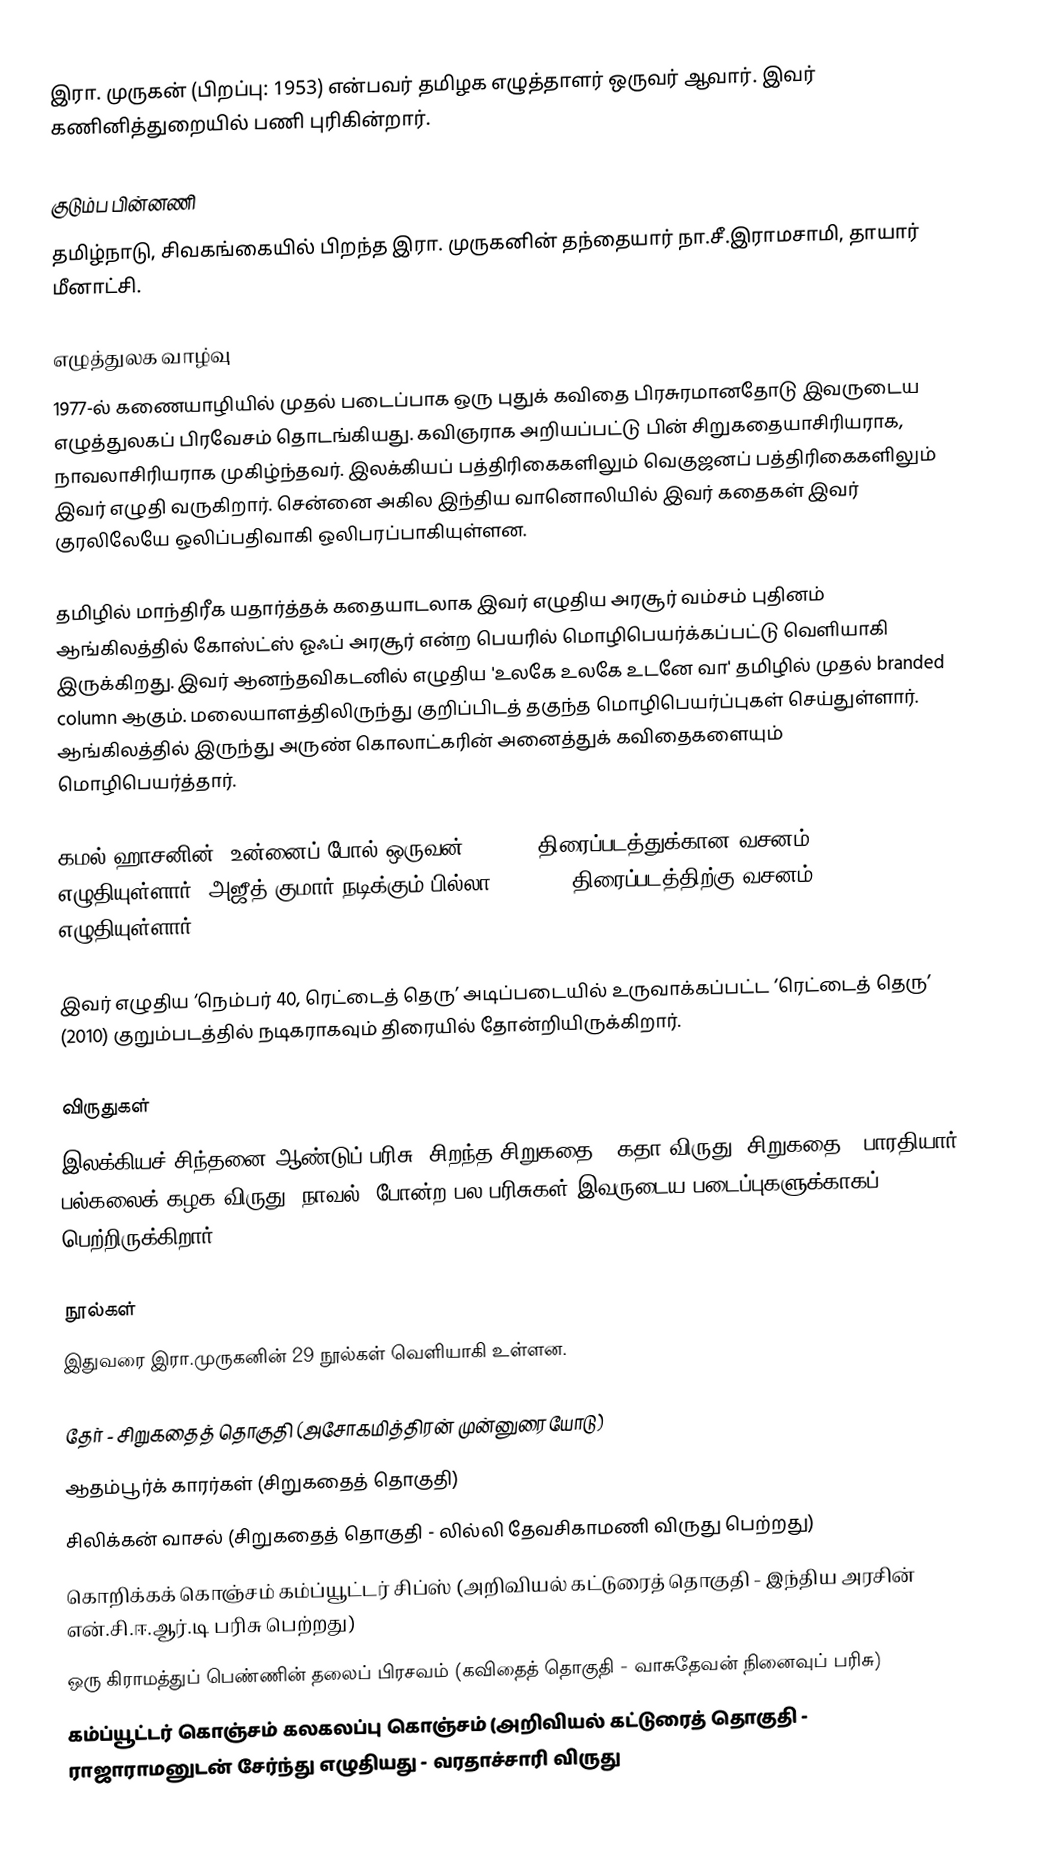
இரா. முருகன் (பிறப்பு: 1953) என்பவர் தமிழக எழுத்தாளர் ஒருவர் ஆவார்.  இவர் கணினித்துறையில் பணி புரிகின்றார்.

குடும்ப பின்னணி
தமிழ்நாடு, சிவகங்கையில் பிறந்த இரா. முருகனின் தந்தையார் நா.சீ.இராமசாமி, தாயார் மீனாட்சி.

எழுத்துலக வாழ்வு
1977-ல் கணையாழியில் முதல் படைப்பாக ஒரு புதுக் கவிதை பிரசுரமானதோடு இவருடைய எழுத்துலகப் பிரவேசம் தொடங்கியது. கவிஞராக அறியப்பட்டு பின் சிறுகதையாசிரியராக, நாவலாசிரியராக முகிழ்ந்தவர். இலக்கியப் பத்திரிகைகளிலும் வெகுஜனப் பத்திரிகைகளிலும் இவர் எழுதி வருகிறார். சென்னை அகில இந்திய வானொலியில் இவர் கதைகள் இவர் குரலிலேயே ஒலிப்பதிவாகி ஒலிபரப்பாகியுள்ளன.

தமிழில் மாந்திரீக யதார்த்தக் கதையாடலாக இவர் எழுதிய அரசூர் வம்சம் புதினம் ஆங்கிலத்தில் கோஸ்ட்ஸ் ஓஃப் அரசூர் என்ற பெயரில் மொழிபெயர்க்கப்பட்டு வெளியாகி இருக்கிறது. இவர் ஆனந்தவிகடனில் எழுதிய 'உலகே உலகே உடனே வா' தமிழில் முதல் branded column ஆகும். மலையாளத்திலிருந்து குறிப்பிடத் தகுந்த மொழிபெயர்ப்புகள் செய்துள்ளார். ஆங்கிலத்தில் இருந்து அருண் கொலாட்கரின் அனைத்துக் கவிதைகளையும் மொழிபெயர்த்தார்.

கமல் ஹாசனின் ‘உன்னைப் போல் ஒருவன்’ (2009) திரைப்படத்துக்கான வசனம் எழுதியுள்ளார். அஜீத் குமார் நடிக்கும் பில்லா 2 (2011) திரைப்படத்திற்கு வசனம் எழுதியுள்ளார்.

இவர் எழுதிய ‘நெம்பர் 40, ரெட்டைத் தெரு’ அடிப்படையில் உருவாக்கப்பட்ட ‘ரெட்டைத் தெரு’ (2010) குறும்படத்தில் நடிகராகவும் திரையில் தோன்றியிருக்கிறார்.

விருதுகள்
இலக்கியச் சிந்தனை ஆண்டுப் பரிசு (சிறந்த சிறுகதை), கதா விருது (சிறுகதை), பாரதியார் பல்கலைக் கழக விருது (நாவல்) போன்ற பல பரிசுகள் இவருடைய படைப்புகளுக்காகப் பெற்றிருக்கிறார் .

நூல்கள்
இதுவரை இரா.முருகனின் 29 நூல்கள் வெளியாகி உள்ளன.

 தேர் - சிறுகதைத் தொகுதி (அசோகமித்திரன் முன்னுரையோடு)
 ஆதம்பூர்க் காரர்கள் (சிறுகதைத் தொகுதி)
 சிலிக்கன் வாசல் (சிறுகதைத் தொகுதி - லில்லி தேவசிகாமணி விருது பெற்றது)
 கொறிக்கக் கொஞ்சம் கம்ப்யூட்டர் சிப்ஸ் (அறிவியல் கட்டுரைத் தொகுதி - இந்திய அரசின் என்.சி.ஈ.ஆர்.டி பரிசு பெற்றது)
 ஒரு கிராமத்துப் பெண்ணின் தலைப் பிரசவம் (கவிதைத் தொகுதி - வாசுதேவன் நினைவுப் பரிசு)
 கம்ப்யூட்டர் கொஞ்சம் கலகலப்பு கொஞ்சம் (அறிவியல் கட்டுரைத் தொகுதி - ராஜாராமனுடன் சேர்ந்து எழுதியது - வரதாச்சாரி விருது